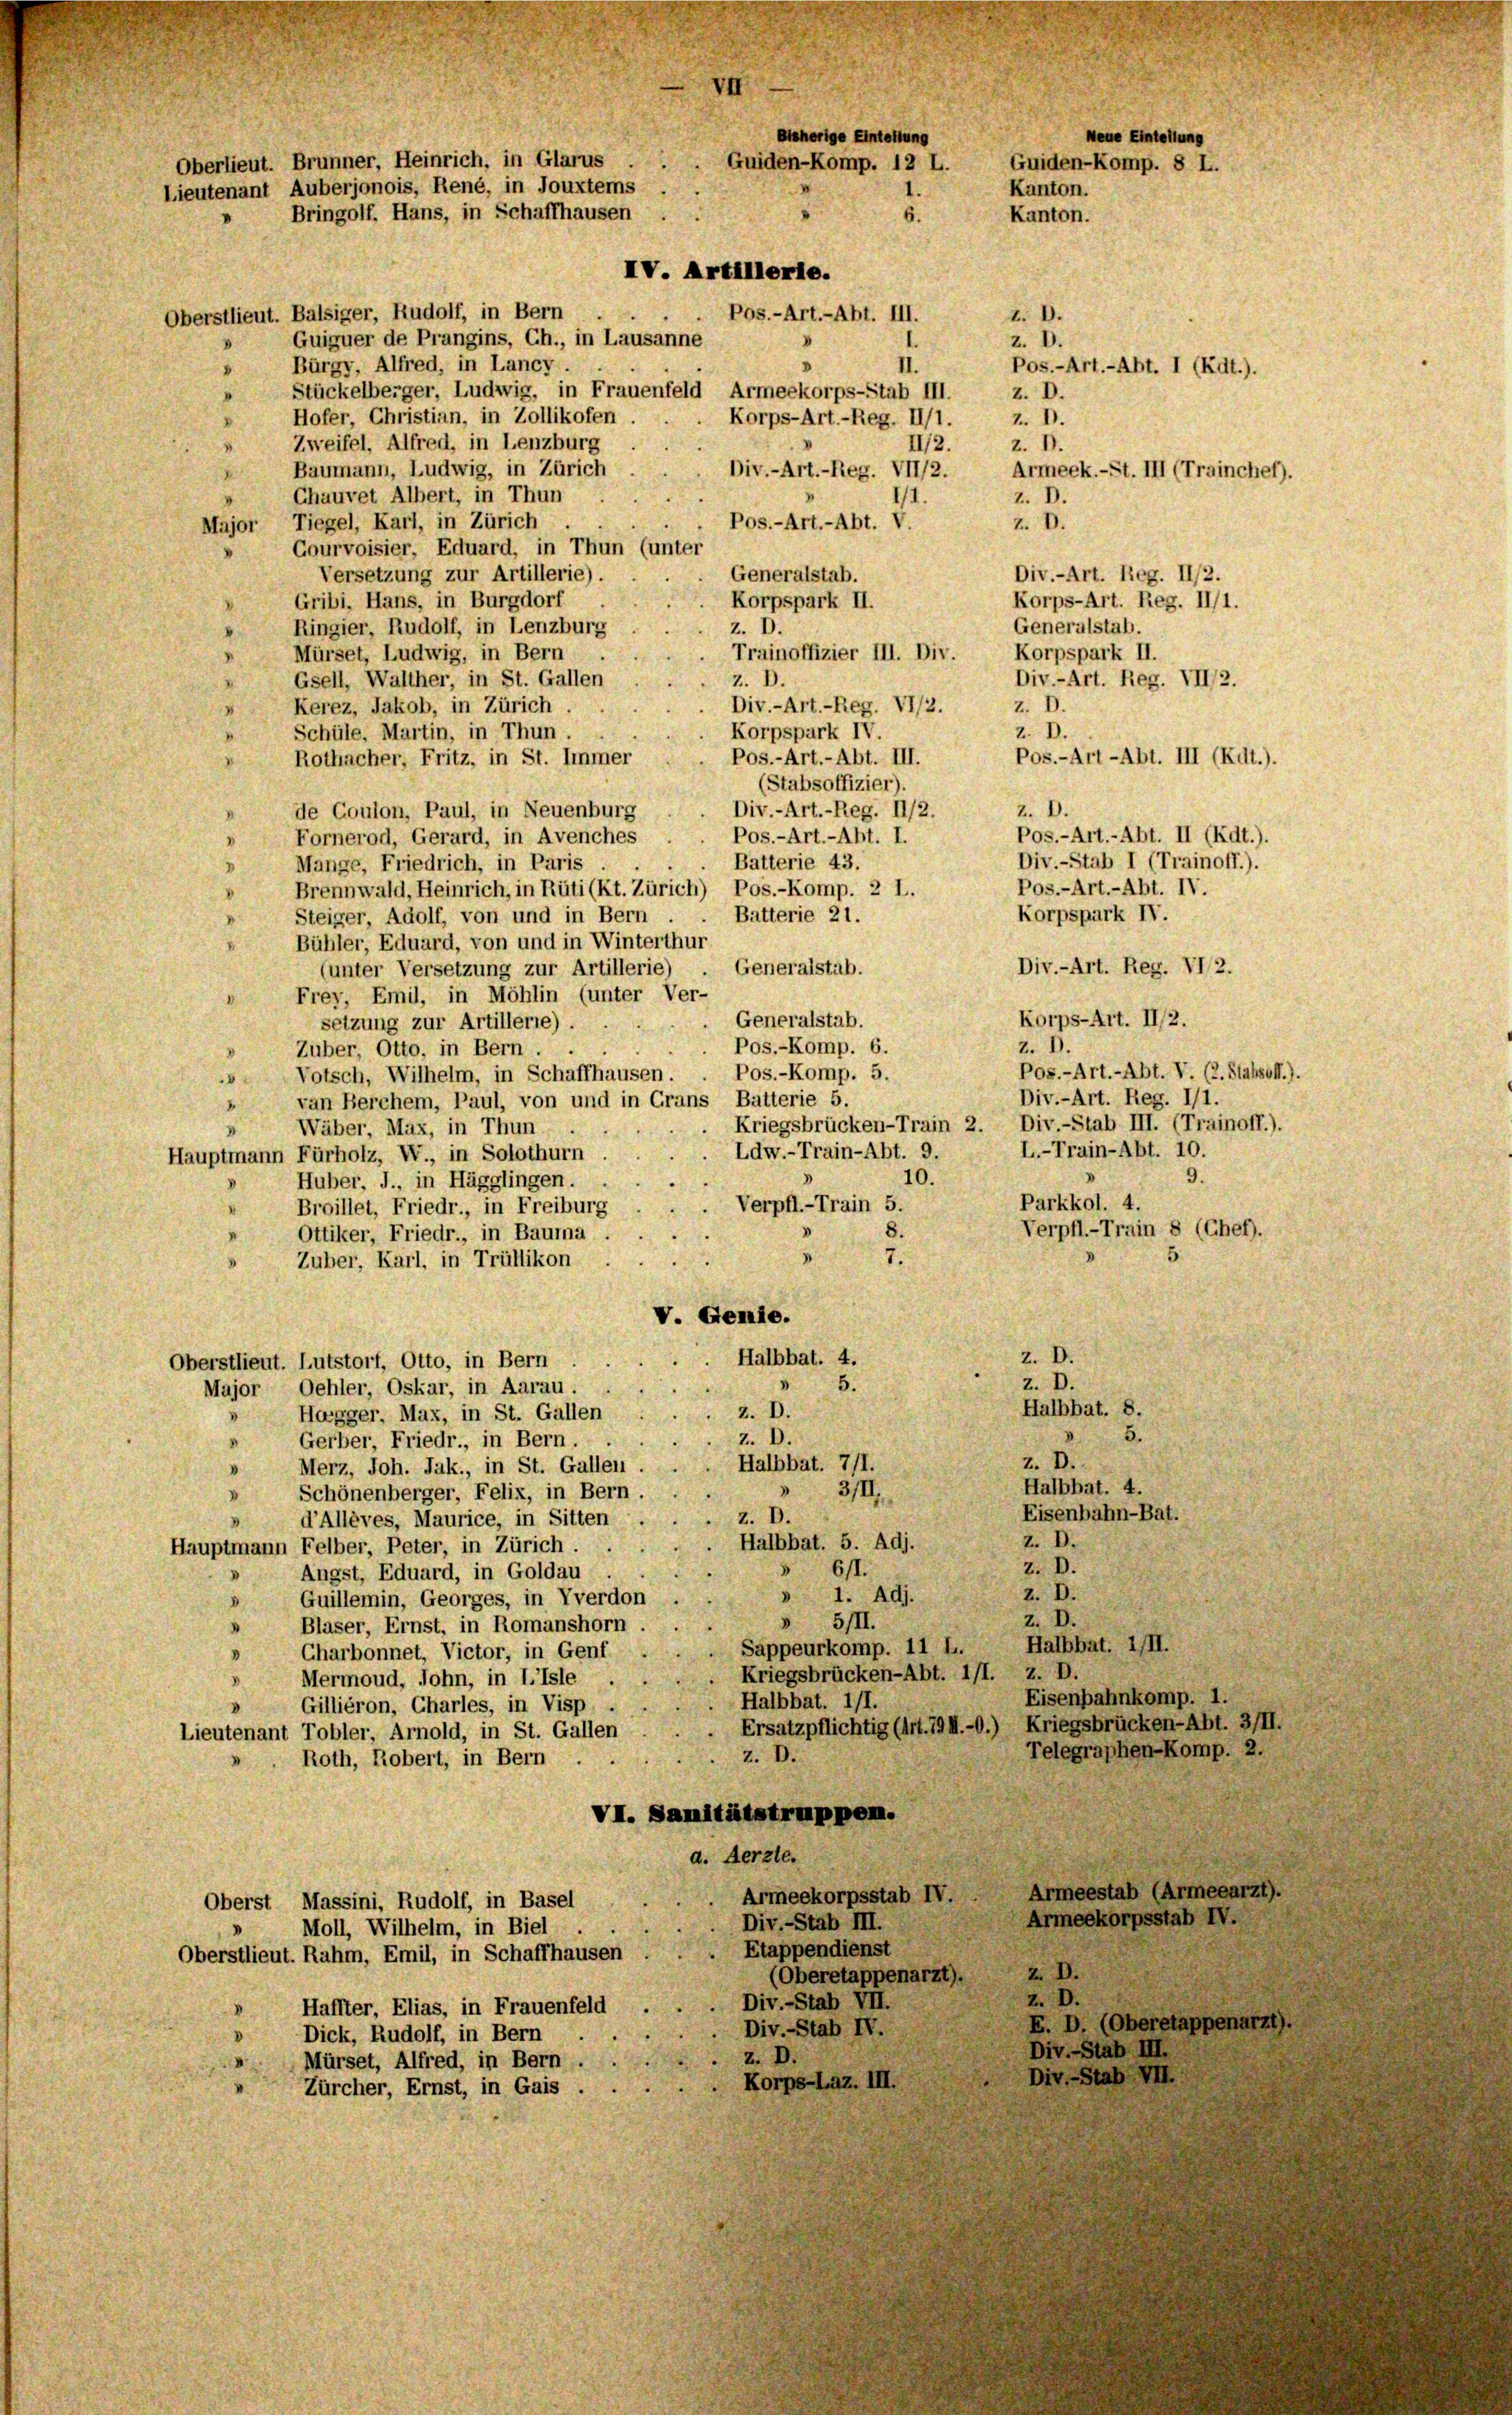
Neue Eintellung
Bisherige Eintellung
Oberlieut. Brunner, Heinrich, in Glarus
Guiden-Komp. 12 L.
Guiden-Komp. 8 L.
Lieutenant Auberjonois, René, in Jouxtems
Kanton.
Bringolf. Hans, in Schaffhausen
Kanton.
6.
IV. Artillerie.
Oberstlieut. Balsiger, Rudolf, in Bern
Pos.-Art.-Abt. III.
L. D.
Guiguer de Prangins, Ch., in Lausanne
z. D.
.
Bürgy, Alfred, in Lancy
II.
1
Pos.-Art.-Abt. I (Rdt.).
.
Stückelberger, Ludwig, in Frauenfeld Armeekorps-Stab III.
z. D.
.
Hofer, Christian, in Zollikofen
Z. V.
Korps-Art.-Reg. II/1.

d
Zweifel, Alfred, in Lenzburg
II/2.
z. D.
Baumann, Ludwig, in Zürich
Div.-Art.-Reg. VII/2.
Armeek.- St. III (Traincher).
Chauvet Albert, in Thun
z. D.
1/1
Pos.-Art.-Abt. V.
Major Tiegel, Karl, in Zürich
z. D.
Courvoisier, Eduard, in Thun (unter
Generalstab.
Versetzung zur Artillerie).
Div.-Art. Reg. II/2.
Gribi, Hans, in Burgdorf
Korpspark II.
Korps-Art. Reg. II/1.
Generalstab.
Ringier, Rudolf, in Lenzburg
z. D.
Korpspark II.
Trainoffizier III. Div.
Mürset, Ludwig, in Bern
Gsell, Walther, in St. Gallen
Div.-Art. Reg. VII/2.
Z. D.
Div.-Art.-Reg. VI/2.
Z. D.
Kerez, Jakob, in Zürich.
Z. D.
Korpspark IV.
Schüle, Martin, in Thun.
Pos.-Art.-Abt. III.
Pos.-Art-Abt. III (Kdt.).
Rothacher, Fritz, in St. Immer
(Stabsoffizier).
Div.-Art. - Reg. 11/2
z. D.
de Coulon, Paul, in Neuenburg
Pos.-Art.-Abt. II (Kdt.).
Pos.-Art. - Abt. I.
Fornerod, Gerard, in Avenches
Batterie 43.
Div.-Stab I (Trainoff.).
Mange, Friedrich, in Paris
.
Pos.-Art.-Abt. IV.
Brennwald, Heinrich, in Rüti (Kt. Zürich) Pos.-Komp. 2 L.
.
Korpspark IV.
Batterie 21.
Steiger, Adolf, von und in Bern
.
Bühler, Eduard, von und in Winterthur
Generalstab.
Div.-Art. Reg. VI 2.
(unter Versetzung zur Artillerie)
Frey, Emil, in Möhlin (unter Ver-
Korps-Art. 11/2.
Generalstab.
setzung zur Artillerie).
Pos.-Komp. 6.
z. D.
Zuber, Otto, in Bern
Pos.-Art.-Abt. V. (2. Stabsoff.).
Votsch, Wilhelm, in Schaffhausen . . Pos.-Komp. 5.
"
Div.-Art. Reg. 11.
van Bercher, Paul, von und in Grans Batterie 5.
1
Kriegsbrücken-Train 2. Div.-Stab III. (Trainoff.).
Wäber, Max, in Thun
D
L.-Train-Abt. 10.
Ldw.-Train-Abt. 9.
Hauptmann Fürholz, W., in Solothurn
9.
10.
Huber, J., in Hägglingen.
Parkkol. 4.
Verpfl.-Train 5.
Broillet, Friedr., in Freiburg
8.
Verpfl.-Train 8 (Chef).
Ottiker, Friedr., in Bauma
7.
1
Zuber, Karl, in Trüllikon
V. Genie.
z. D.
Halbbat. 4.
Oberstlieut. Lutstorf, Otto, in Bern
Z. D.
5.
Major, Oehler, Oskar, in Aarau.
Halbbat. 8.
z. D.
Hagger, Max, in St. Gallen
5.
z. D.
Gerber, Friedr., in Bern.
z. D.
Halbbat. 711.
Merz, Joh. Jak., in St. Gallen.
n
Halbbat. 4.
3/II.
Schönenberger, Felix, in Bern
V
Eisenbahn-Bat.
z. D.
d’Allèves, Maurice, in Sitten
Z. D.
Halbbat. 5. Adj.
Hauptmann Felber, Peter, in Zürich.
z. D.
6/I.
.
Ängst, Eduard, in Goldau
D
z. D.
» 1. Adj.
Guillemin, Georges, in Yverdon
D.
2, D.
» 5/II.
Blaser, Ernst, in Romanshorn
.
Halbbat. III.
Sappeurkomp. 11 L.
Charbonnet, Victor, in Genf
D
Kriegsbrücken-Abt. 111. z. D.
Mermoud, John, in Lisle
V.
Eisenbahnkomp. 1.
Halbbat. 111.
Gillieron, Charles, in Visp.
Ersatzpflichtig (Art. 79 M.-O.) Kriegsbrücken-Abt. 3/II.
Lieutenant Tobler, Arnold, in St. Gallen
Telegraphen-Komp. 2.
z. D.
Roth, Robert, in Bern . .
VI. Sanitätstruppen.
a. Aerzte.
Armeestab (Armeearzt).
Armeekorpsstab IV.
Oberst Massini, Rudolf, in Basel
Armeekorpsstab IV.
Div.-Stab III.
Moll, Wilhelm, in Biel
Etappendienst
Oberstlieut. Rahm, Emil, in Schaffhausen
Z. D.
(Oberetappenarzt).
z. D.
Div.-Stab VII.
Haffter, Elias, in Frauenfeld
E. D. (Oberetappenarzt).
Div.-Stab IV.
Dick, Rudolf, in Bern
Div.-Stab III.
z. D.
Mürset, Alfred, in Bern
Div.-Stab VII.
 Korps-Laz. III.
Zürcher, Ernst, in Gais .